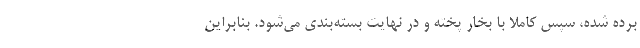
برده شده، سپس کاملا با بخار پخته و در نهایت بسته­بندی می­شود. بنابراین